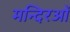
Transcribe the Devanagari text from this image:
मन्दिरओं